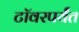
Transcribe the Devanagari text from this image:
टॉवरपर्यंत